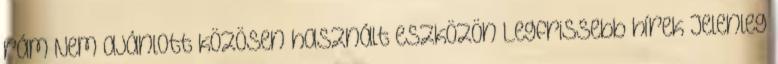
rám Nem ajánlott közösen használt eszközön Legfrissebb hírek Jelenleg